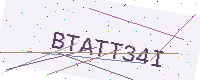
Text: BTATT34I